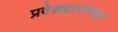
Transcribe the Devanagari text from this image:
प्रवेशद्वारांमधून